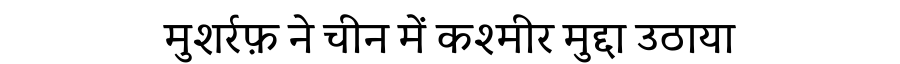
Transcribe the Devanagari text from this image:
मुशर्रफ़ ने चीन में कश्मीर मुद्दा उठाया